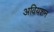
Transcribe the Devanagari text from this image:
अवियशन